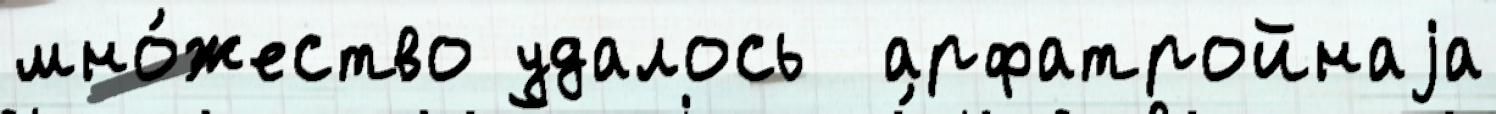
мно́жество удалось  арфатройнаjа